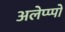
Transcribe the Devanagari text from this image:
अलेप्प्पो